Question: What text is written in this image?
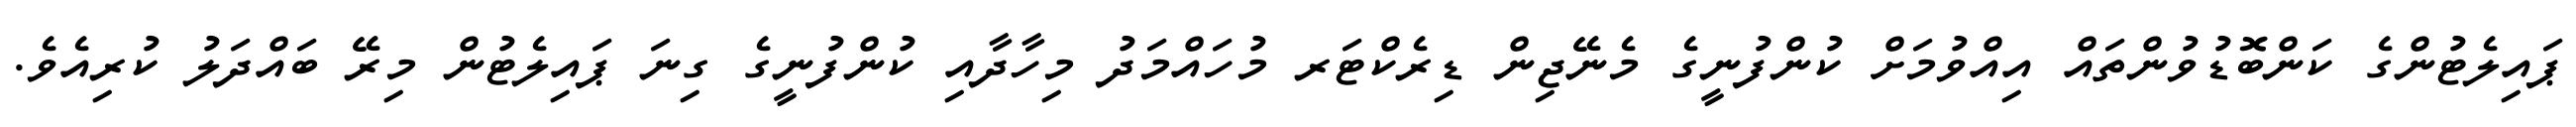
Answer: ޕައިލެޓުންގެ ކަންބޮޑުވުންތައް އިއްވުމަށް ކުންފުނީގެ މެނޭޖިން ޑިރެކްޓަރ މުހައްމަދު މިހާދާއި ކުންފުނީގެ ގިނަ ޕައިލެޓުން މިރޭ ބައްދަލު ކުރިއެވެ.